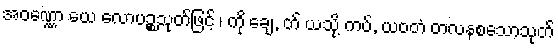
အဝဏ္ဏော ယေ လောပဉ္စသုတ်ဖြင့် ၊ ကို ချေ, တ် ယသို့ ကပ်, ယဝတံ တလနစသောသုတ်